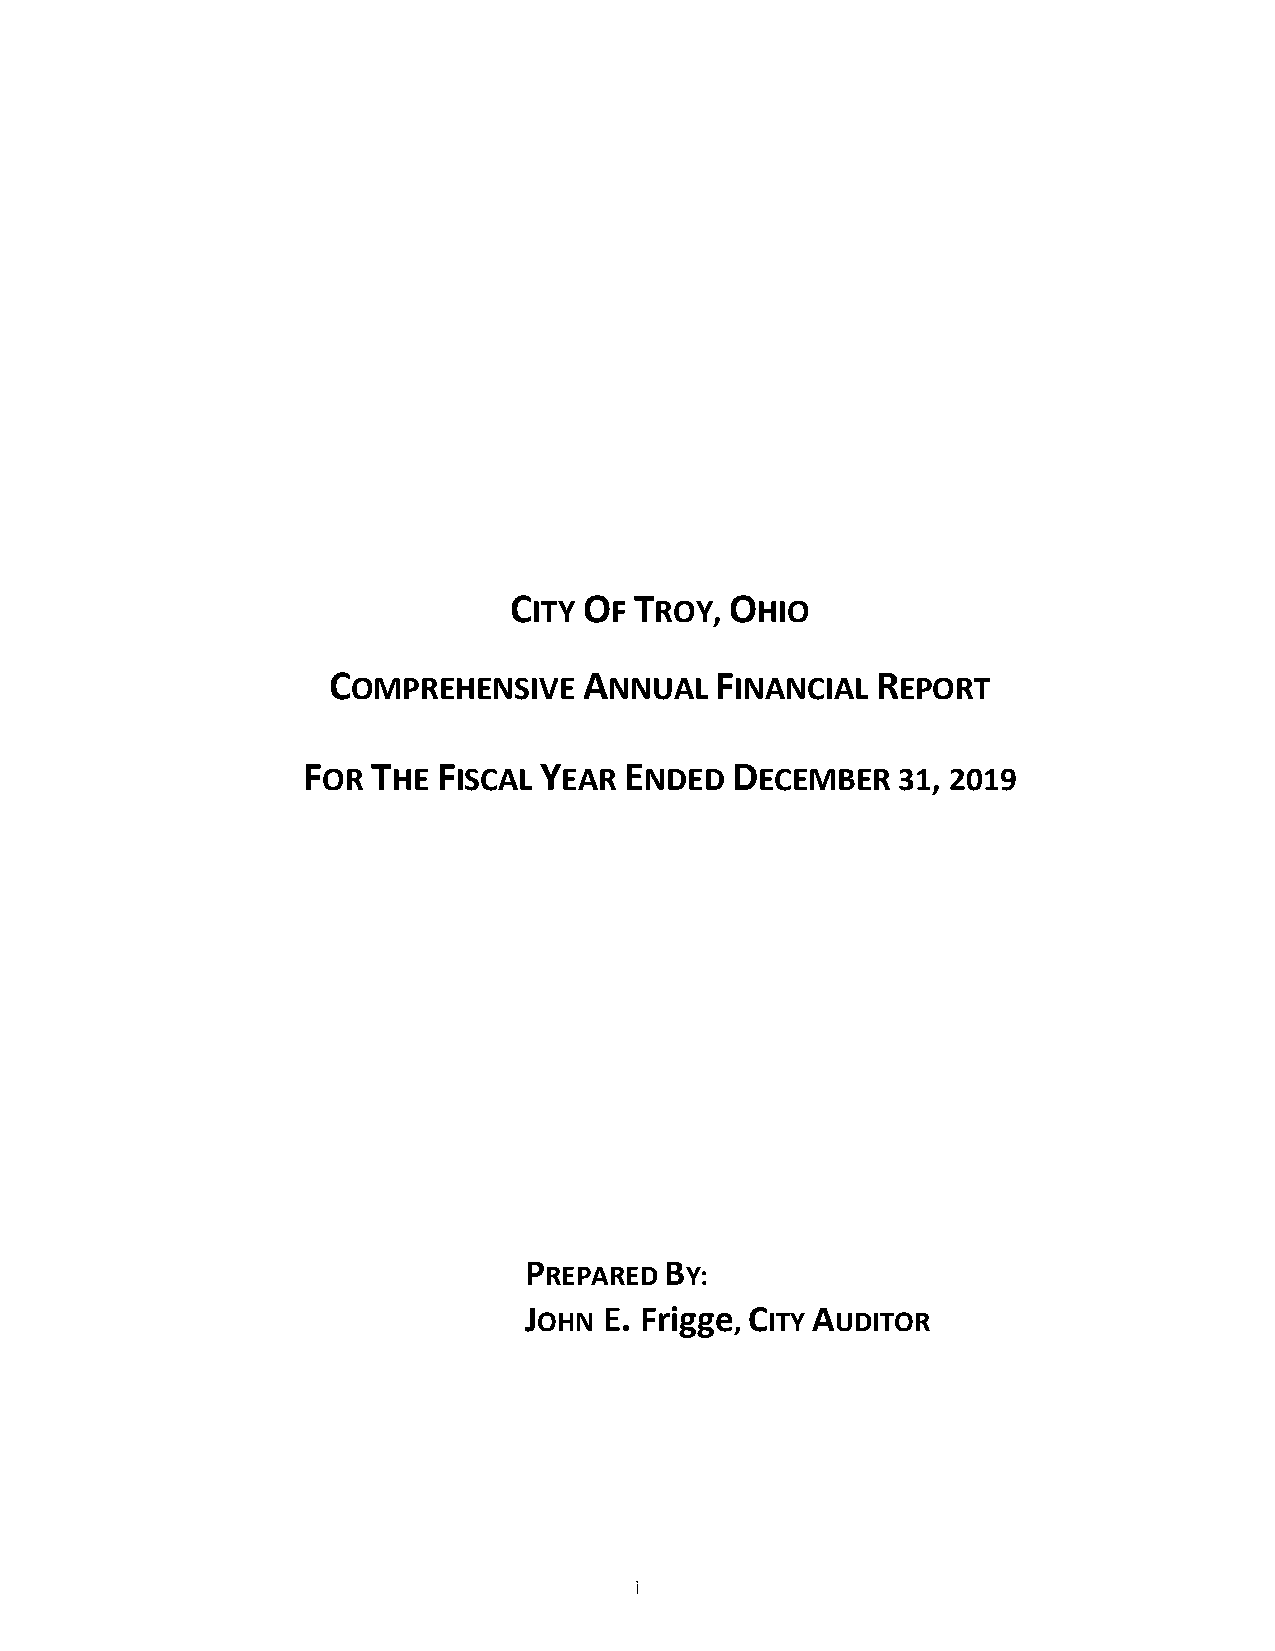
CITY OF TROY, OHIO
 COMPREHENSIVE    ANNUAL  FINANCIAL  REPORT
 FOR  THE FISCAL YEAR ENDED  DECEMBER    31, 2019
 P        B
 REPARED  Y:
 J    E. Frigge C   A
 OHN          , ITY UDITOR
 i